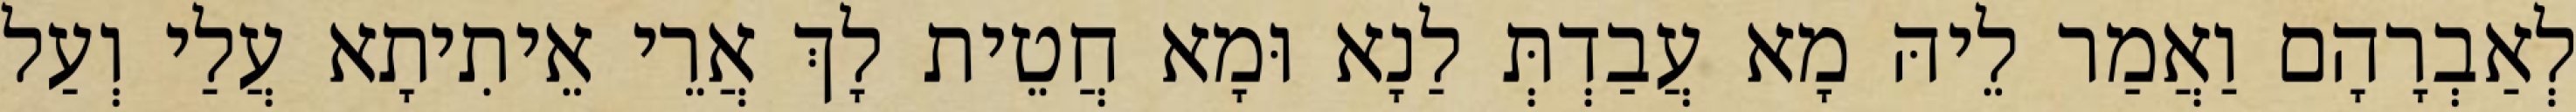
לְאַבְרָהָם וַאֲמַר לֵיהּ מָא עֲבַדְתְּ לַנָא וּמָא חֲטֵית לָךְ אֲרֵי אֵיתִיתָא עֲלַי וְעַל